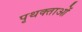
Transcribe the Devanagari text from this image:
पृथक्ताओं